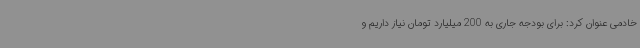
خادمی عنوان کرد: برای بودجه جاری به 200 میلیارد تومان نیاز داریم و